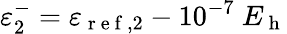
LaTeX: \varepsilon_{2}^{-}=\varepsilon_{\mathrm{~r~e~f~},2}-10^{-7}\ E_{\mathrm{~h~}}